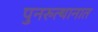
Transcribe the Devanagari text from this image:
पुनरुत्थानात